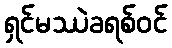
ရှင်မဿဲခရစ်ဝင်